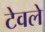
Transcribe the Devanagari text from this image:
टेवले